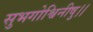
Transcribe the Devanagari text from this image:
सुभगोश्विनीषु।।